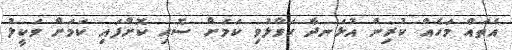
އެތައް މަހެއް ކުރިން އުޅަނދާ ހަވާލުވި ކަމަށް ސޮއި ކޮށްފައި ކަމަށް ވަކީލު